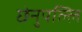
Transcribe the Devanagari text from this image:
छेनुपल्लि